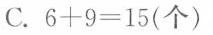
C.$$6 + 9 = 1 5$$(个)